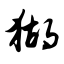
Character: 猢